Vaccination in Bombay 1889-1901 - 1889-1901
Year: 1889
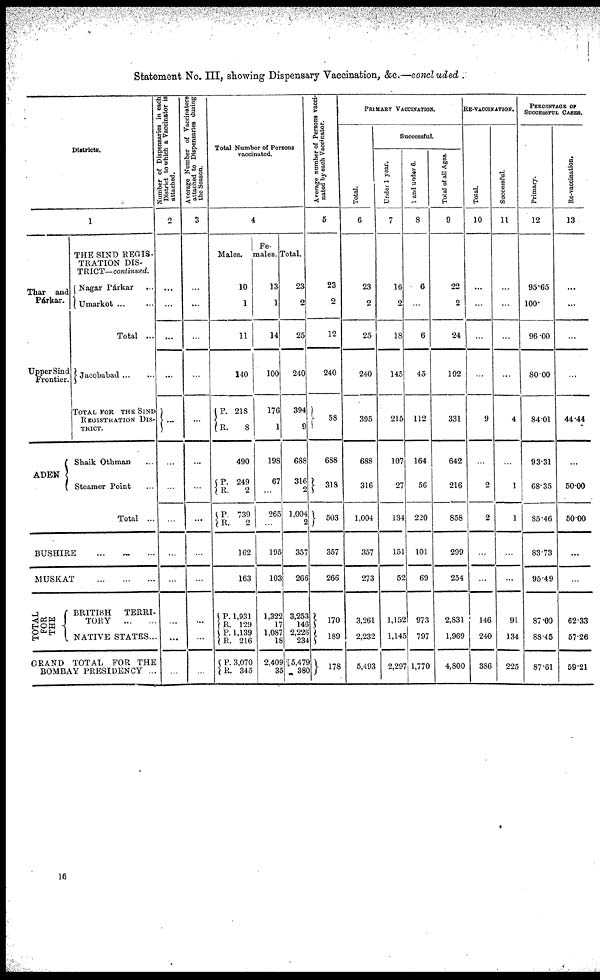
Statement No. III, showing Dispensary Vaccination, &c.—concluded .
Districts.
1
Thar and
Párkar.
Upper Sind
Frontier.
ADEN
THE SIND REGIS-
TRATION DIS-
TRICT— continued.
Nagar Párkar ...
Umarkot ... ...
Total ...
Jacobabad ... ...
TOTAL FOR THE SIND
REGISTRATION DIS-
-----.
Shaik Othman ...
Steamer Point ...
Total ...
BUSHIRI ... ... ...
MUSKAT ... ... ...
TOTAL
FOR
THE
BRITISH
TERRI-
TORY
...
...
NATIVE STATES...
GRAND TOTAL FOR THE
BOMBAY PRESIDENCY ...
Number of Dispensaries in each
District to which a Vaccinator is
attached.
2
...
...
...
...
...
...
...
...
...
...
...
...
...
Average Number of Vaccinators
attached to Dispensaries during
the Season.
3
...
...
...
...
...
...
...
...
...
...
...
...
...
Total Number of Persons
vaccinated.
4
Males.
10
1
11
140
P.
R.
218
8
490
P.
R.
P.
R.
249
2
739
2
162
163
P.
R.
P.
R.
P.
R.
1,931
129
1,139
216
3,070
345
Fe-
males.
13
1
14
100
176
1
198
67
...
265
...
195
103
1,322
17
1,087
18
2,409
35
Total.
23
2
25
240
394
9
688
316
2
1,004
2
357
266
3,253
146
2,226
234
5,479
380
Average number of Persons vacci-
nated by each Vaccinator.
5
23
2
12
240
58
688
318
503
357
266
170
189
178
PRIMARY VACCINATION.
Total.
6
23
2
25
240
395
688
316
1,004
357
273
3,261
2,232
5,493
Successful.
Under 1 year.
7
16
2
18
145
215
107
27
134
151
52
1,152
1,145
2,297
1 and under 6.
8
6
...
6
45
112
164
56
220
101
69
973
797
1,770
Total of all Ages.
9
22
2
24
192
331
642
216
858
299
254
2,831
1,969
4,800
RE-VACCINATION.
Total.
10
...
...
...
...
9
...
2
2
...
...
146
240
386
Successful.
11
...
...
...
...
4
...
1
1
...
...
91
134
225
PERCENTAGE OF
SUCCESSFUL CASES.
Primary.
12
95.65
100
96.00
80.00
84.01
93.31
68.35
85.46
83.73
95.49
87.00
88.45
87.61
Re-vaccination.
13
...
...
...
...
44.44
...
50.00
50.00
...
...
62.33
57.26
59.21
16